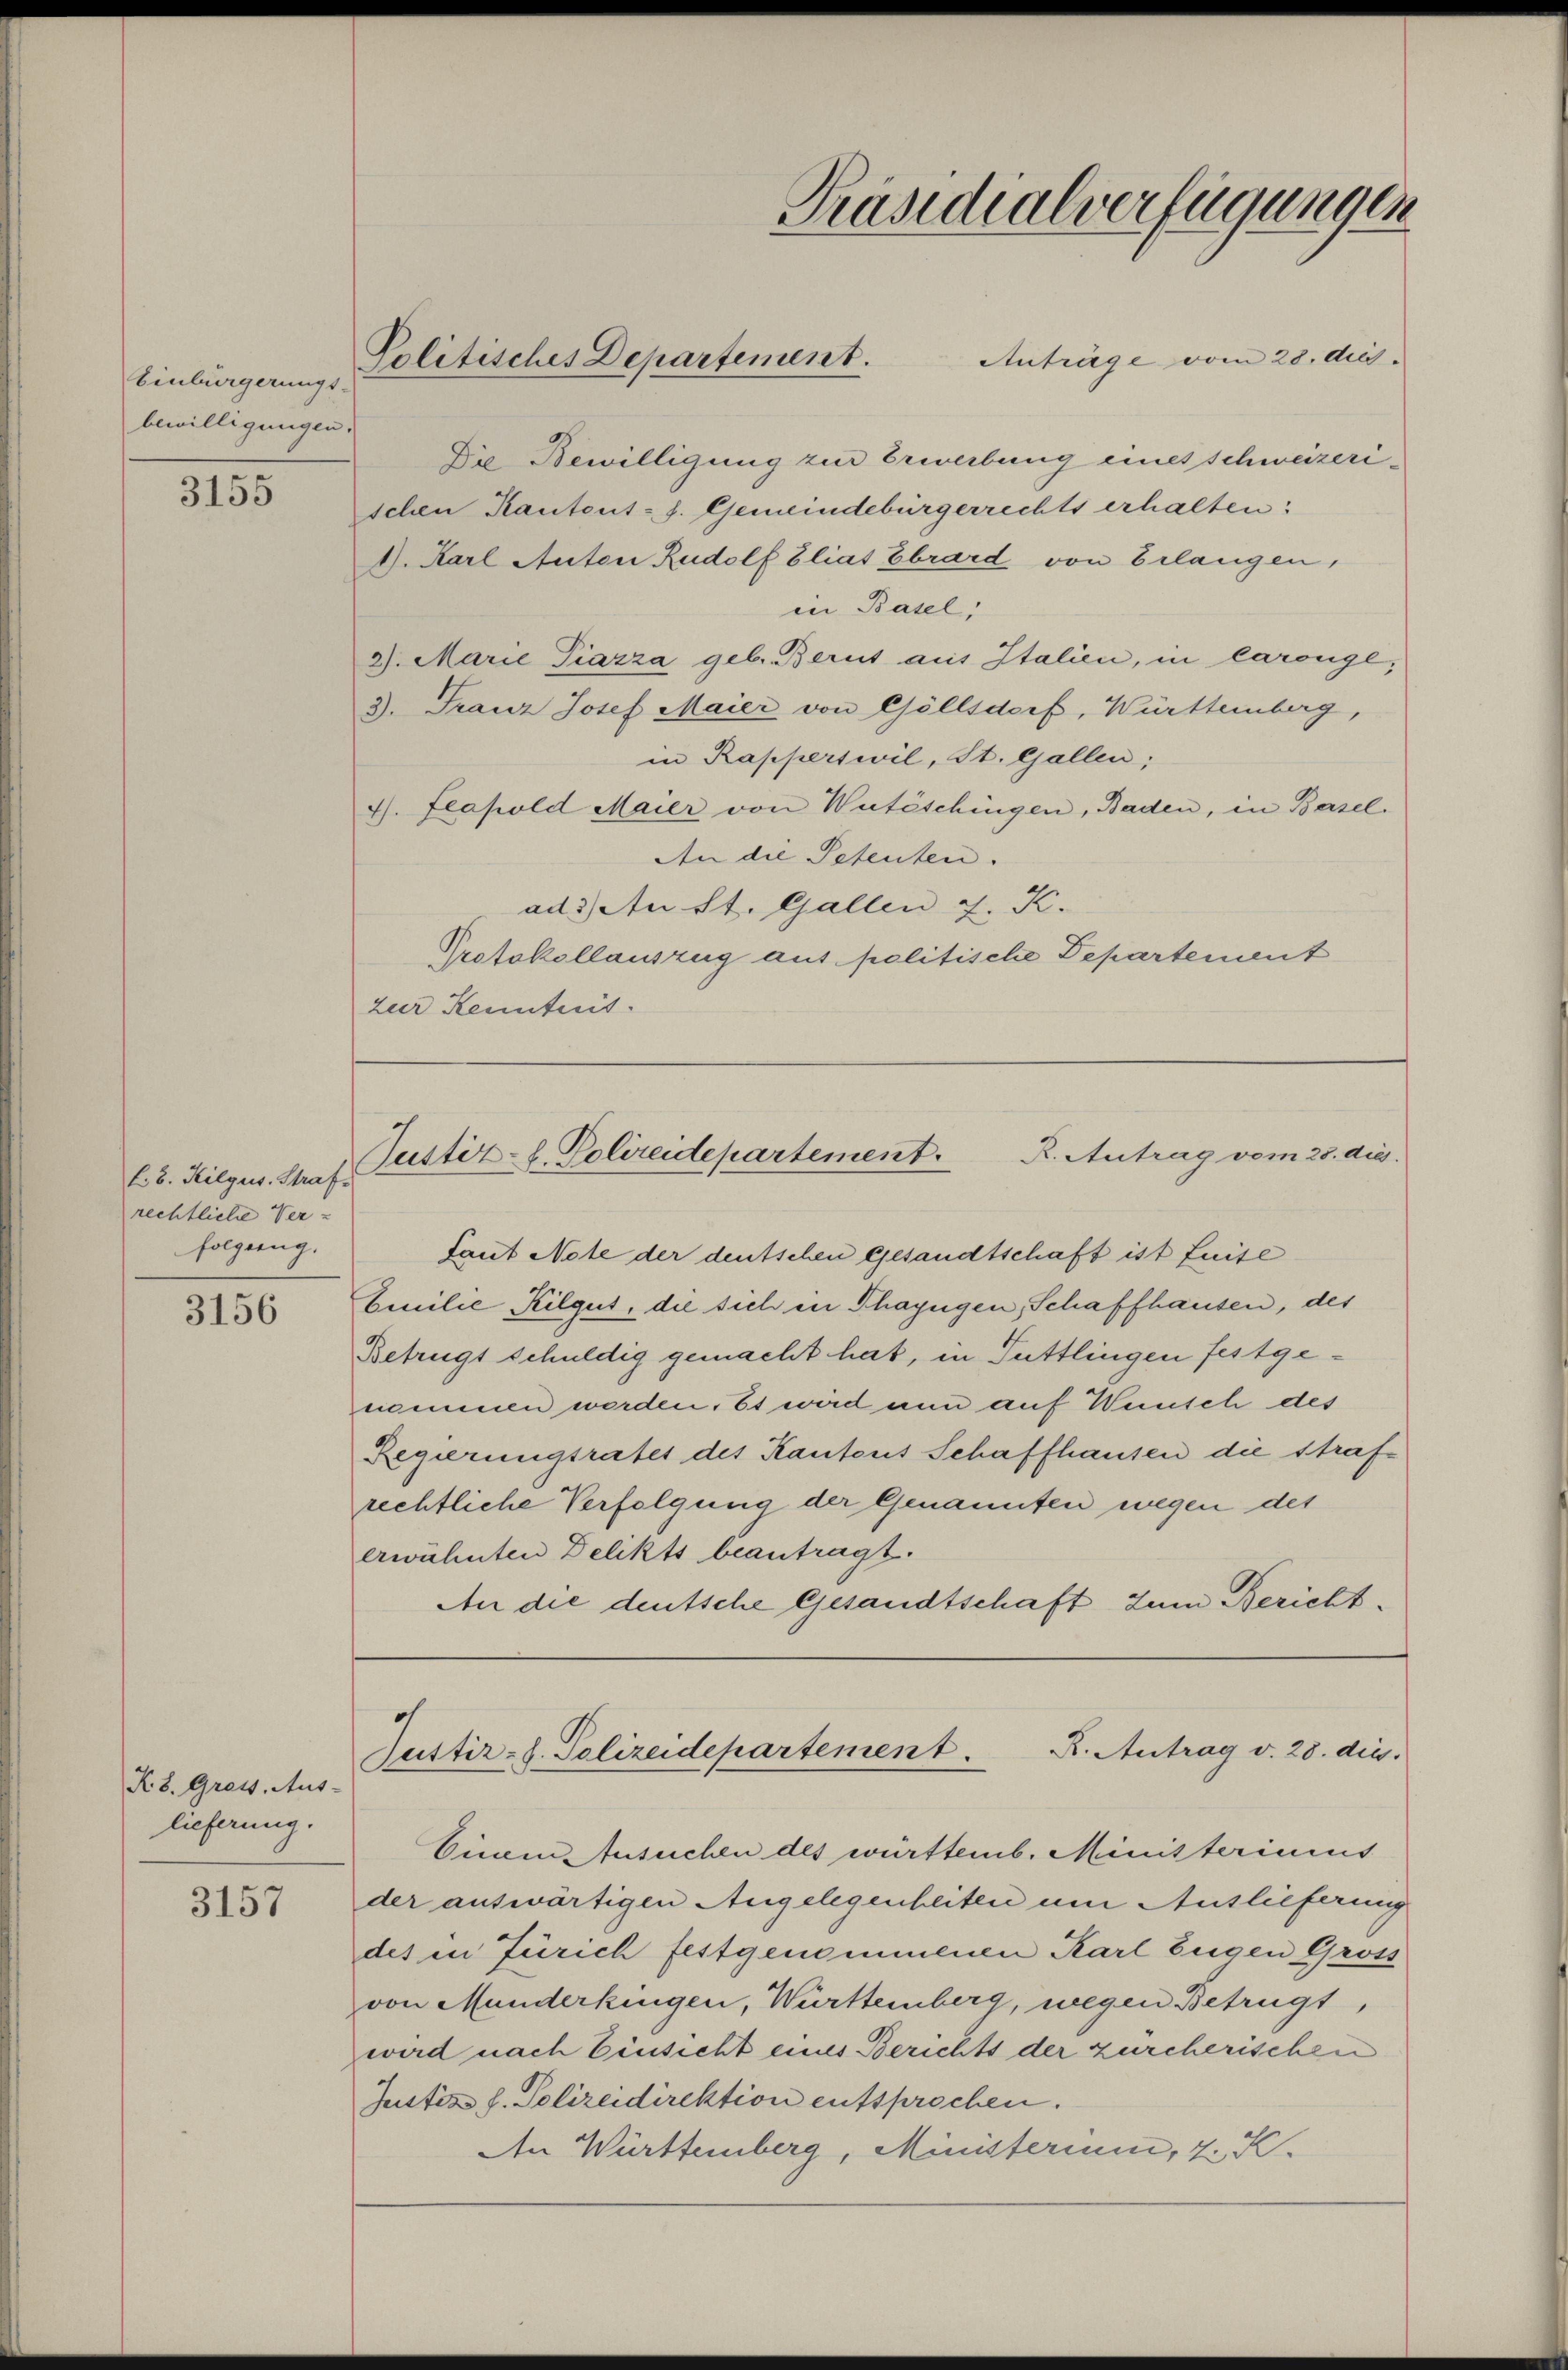
Einbürgerungs-
bewilligungen.

3155

l. 8. Kilgus. Straf
rechtliche Ver-
folgung.

3156

K.8. Gross. Aus-
lieferung.

3157

Politisches Departement.

Anträge vom 28. ds.
Die Bewilligung zur Erwerbung eines schweizerischen Kantont - s. Gemeindebürgerrechts erhalten:
4. Karl Anton Rudolf Eliat Ebrard von Erlangen,
in Basel,
2). Marie Piazza geb. Berut aus Italien, in Carouge;
3). Franz Josef Maier von Göllsdorf, Württemberg,
in Rapperswil, St. Gallen;
7. Feapold Maier von Watéschingen, Baden, in Basel.
An die Petenten.
ad 3) An St. Gallen J. K.
Protokollauszug aus politische Departement
zur Kenntnis.

Laut Note der deutschen Gesandtschaft ist suite
Emilie Kilgut, die sich in Phazügen, Schaffhausen, des
Betrügt schuldig gemacht hat, in Tuttlingen festgenommen werden. Es wird nun auf Wunsch des
Regierungsrates des Kantons Schaffhausen die Strafrechtliche Verfolgung der Genannten wegen des
erwähnten Delikts beantragt.
An die deutsche Gesandtschaft zum Bericht-

Einem Ansuchen des württemb. Ministeriums
der auswärtigen Angelegenheiten um Auslieferung
des in Zürich festgenommenen Karl Eugen Gross
von Munderkingen, Württemberg, wegen Betrügt,
wird nach Einsicht eines Berichts der zürcherischen
Justiz, d. Polizeidirektion entsprochen.
An Württemberg, Ministerium, 4. K.

Präsidialverfügungen

R. Antrag vom 28. dies
Justiz- u. Polizeidepartement.

Justiz-S. Polizeidepartement. R. Antrag v. 28. die.